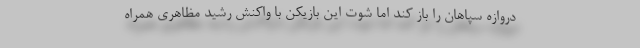
دروازه سپاهان را باز کند اما شوت این بازیکن با واکنش رشید مظاهری همراه